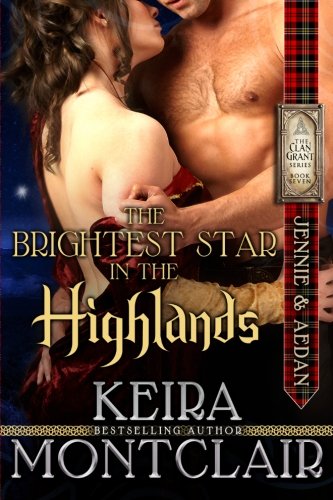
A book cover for The Brightest Star in the Highlands: Jennie and Aedan ( Clan Grant Series) (Volume 7); Keira Montclair; Romance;